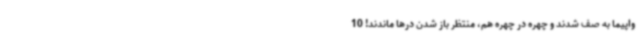
واپیما به صف شدند و چهره در چهره هم، منتظر باز شدن درها ماندند! 10